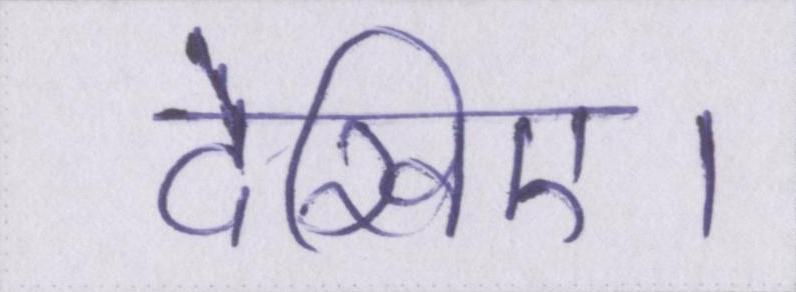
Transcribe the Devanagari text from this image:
देखिए।